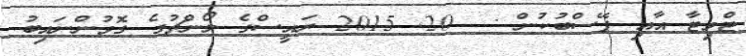
ޓްވިޓާ އާއި ފޭސްބުކުން :  20